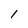
Character: 1